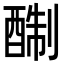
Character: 𨡘